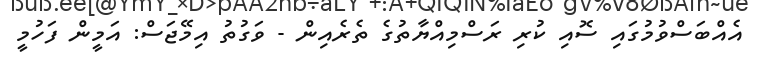
އެއްބަސްވުމުގައި ސޮއި ކުރި ރަސްމިއްޔާތުގެ ތެރެއިން - ވަގުތު އިމޭޖަސް: އަމީން ފަހުމީ